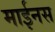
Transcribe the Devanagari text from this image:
माईनस